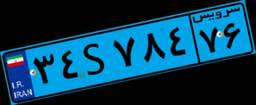
۶۷S۳۲۹۸۷